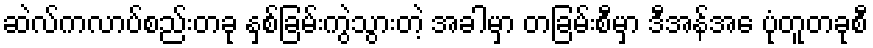
ဆဲလ်ကလာပ်စည်းတခု နှစ်ခြမ်းကွဲသွားတဲ့ အခါမှာ တခြမ်းစီမှာ ဒီအန်အေ ပုံတူတခုစီ